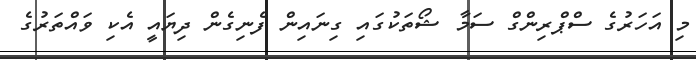
މި އަހަރުގެ ސްޕްރިންގް ސަމާ ޝޯތަކުގައި ގިނައިން ފެނިގެން ދިޔައީ އެކި ވައްތަރުގެ